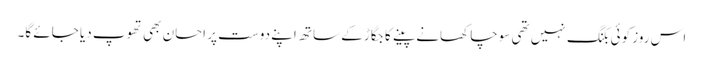
اس روز کوئی بکنگ نہیں تھی سوچا کھانے پینے کا جگاڑ کے ساتھ اپنے دوست پر احسان بھی تھوپ دیا جائے گا۔